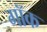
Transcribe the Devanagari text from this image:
गॉक